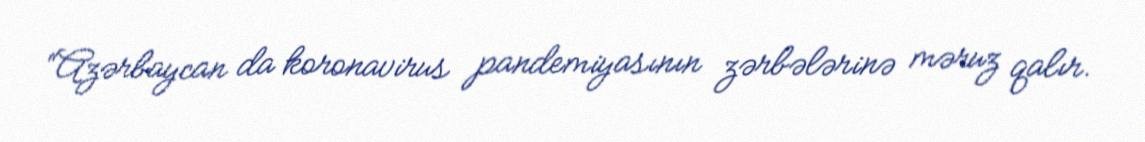
“Azərbaycan da koronavirus pandemiyasının zərbələrinə məruz qalır.